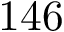
1 4 6